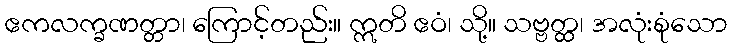
ဧကလက္ခဏတ္တာ၊ ကြောင့်တည်း။ ဣတိ ဧဝံ၊ သို့။ သဗ္ဗတ္ထ၊ အလုံးစုံသော